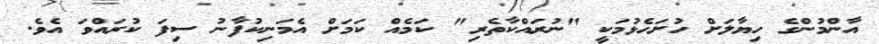
އާންމުންގެ ހިޔާލަށް ހުށަހެޅުމަކީ "ނުރައްކާތެރި" ކަމެއް ކަމަށް އެމަނިކުފާނު ސިފަ ކުރައްވަ އެވެ.